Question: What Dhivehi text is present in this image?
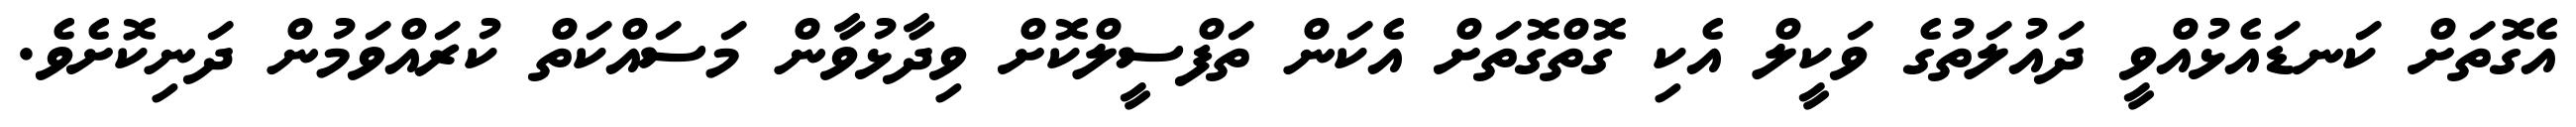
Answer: އެގޮތަށް ކަނޑައެޅުއްވީ ދައުލަތުގެ ވަކީލް އެކި ގޮތްގޮތަށް އެކަން ތަފްސީލްކޮށް ވިދާޅުވާން މަސައްކަތް ކުރައްވަމުން ދަނިކޮށެވެ.